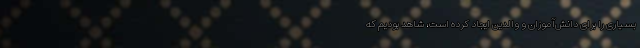
بسیاری را برای دانش‌آموزان و والدین ایجاد کرده است، شاهد بودیم که